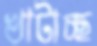
খাটাচ্ছ